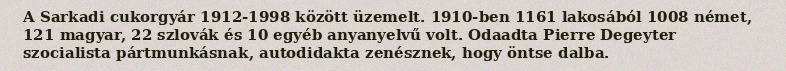
A Sarkadi cukorgyár 1912-1998 között üzemelt. 1910-ben 1161 lakosából 1008 német, 121 magyar, 22 szlovák és 10 egyéb anyanyelvű volt. Odaadta Pierre Degeyter szocialista pártmunkásnak, autodidakta zenésznek, hogy öntse dalba.